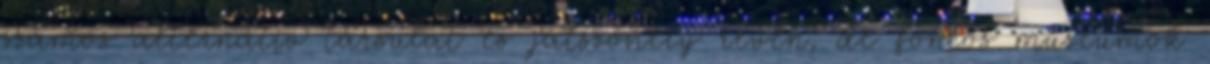
számos alternatív társulat és játszóhely révén, de fontos múzeumok